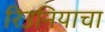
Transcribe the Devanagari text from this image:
रिउनियाचा